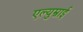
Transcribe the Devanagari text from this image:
एल्युम्नाई